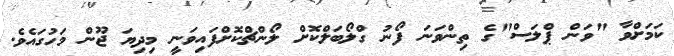
ކަމަށްވާ "ވަން ޕްލަސް"ގެ ތިންވަނަ ފޯނު ގްލޯބަލްކޮށް ލޯންޗްކޮށްފައިވަނީ މިދިޔަ ޖޫން މަހުގައެވެ.